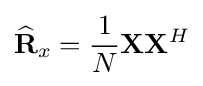
{\widehat {\mathbf {R} }}_{x}={\frac {1}{N}}\mathbf {X} \mathbf {X} ^{H}